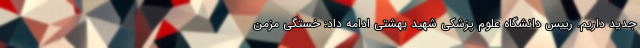
جدید داریم. رییس دانشگاه علوم پزشکی شهید بهشتی ادامه داد: خستگی مزمن